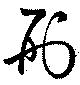
刑